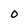
Character: 0